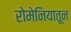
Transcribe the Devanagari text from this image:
रोमेनियातून